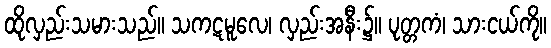
ထိုလှည်းသမားသည်။ သကဋမူလေ၊ လှည်းအနီး၌။ ပုတ္တကံ၊ သားငယ်ကို။